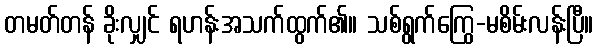
တမတ်တန် ခိုးလျှင် ရဟန်းအသက်ထွက်၏။ သစ်ရွက်ကြွေ-မစိမ်းလန်းပြီ။